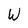
Character: W